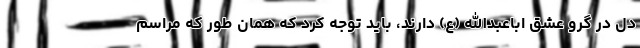
دل در گرو عشق اباعبدالله (ع) دارند، باید توجه کرد که همان طور که مراسم